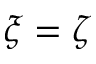
\xi = \zeta